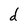
Character: d